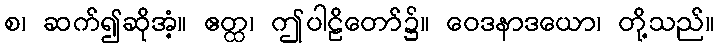
စ၊ ဆက်၍ဆိုအံ့။ ဧတ္ထ၊ ဤပါဠိတော်၌။ ဝေဒနာဒယော၊ တို့သည်။